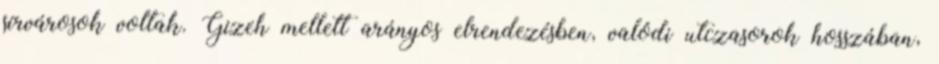
sírvárosok voltak. Gizeh mellett arányos elrendezésben, valódi utczasorok hosszában,